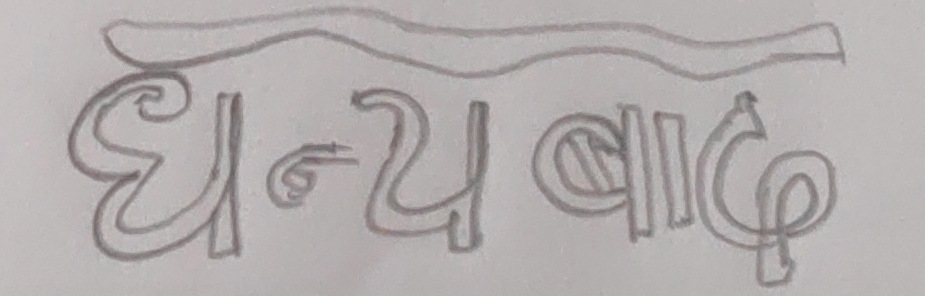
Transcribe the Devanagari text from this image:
धन्यवाद